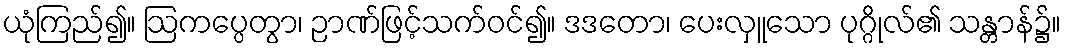
ယုံကြည်၍။ ဩကပ္ပေတွာ၊ ဉာဏ်ဖြင့်သက်ဝင်၍။ ဒဒတော၊ ပေးလှူသော ပုဂ္ဂိုလ်၏ သန္တာန်၌။